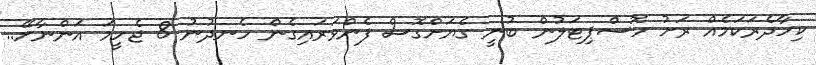
ކިހާދެރަކަމެއް ރަށު ހޮސްޕިޓަލުން ބުނީ ގެޔަށްގޮސް ފެންވަރައިގެން ހެނދުނު 8 ޖެހީމަ އަންނާށޭ..